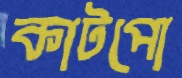
কাটপো